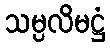
သမ္ပလိမဋ္ဌံ